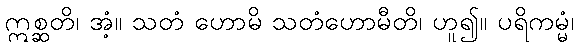
ဣစ္ဆတိ၊ အံ့။ သတံ ဟောမိ သတံဟောမီတိ၊ ဟူ၍။ ပရိကမ္မံ၊